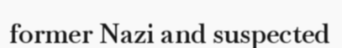
former Nazi and suspected